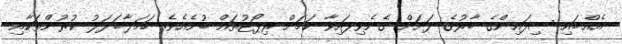
އެއްބައި ސިފައިންގެ ބާރުގެ ދަށަށް ގެނެވިފައިވާ ކަމަށް ރިޕޯޓުތައް ބުނެއެވެ. ހަމަލާބަދަލު ކުރުންތަކާއި